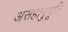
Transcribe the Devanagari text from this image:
असहानुभूति